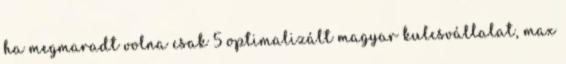
ha megmaradt volna csak 5 optimalizált magyar kulcsvállalat, max